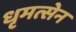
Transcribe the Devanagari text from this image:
धृमत्सेन